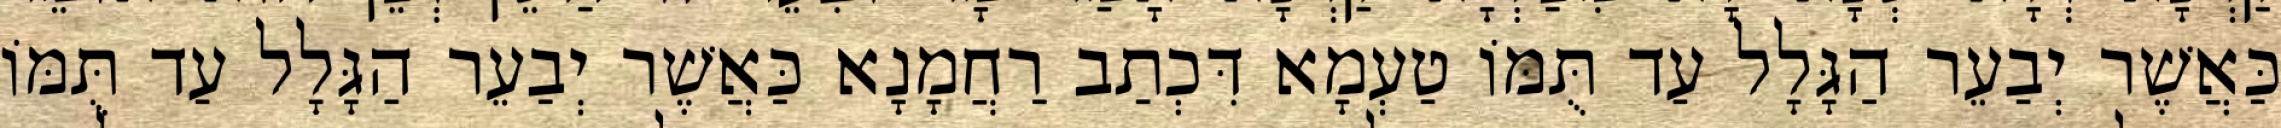
כַּאֲשֶׁר יְבַעֵר הַגָּלָל עַד תֻּמּוֹ טַעְמָא דִּכְתַב רַחֲמָנָא כַּאֲשֶׁר יְבַעֵר הַגָּלָל עַד תֻּמּוֹ